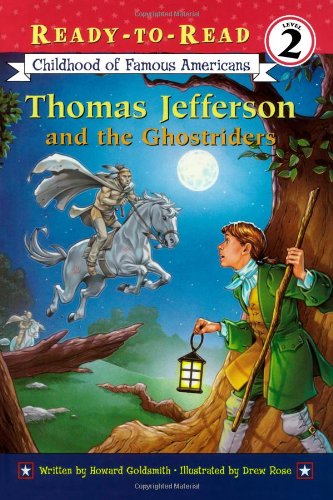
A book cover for Thomas Jefferson and the Ghostriders (Ready-to-read COFA); Howard Goldsmith; Children's Books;